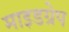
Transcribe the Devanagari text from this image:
माइडग्रेप